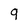
Character: 9